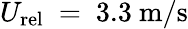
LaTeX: U_{\mathrm{rel}}~=~3.3~\mathrm{m/s}